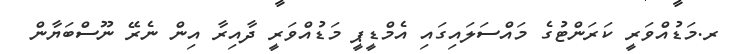
ރ.މަޑުއްވަރީ ކަރަންޓުގެ މައްސަލައިގައި އެމްޑީޕީ މަޑުއްވަރީ ދާއިރާ އިން ނެރޭ ނޫސްބަޔާން